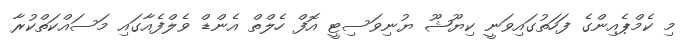
މި ކެމްޕެއިންގެ ފަހަތުގައިވަނީ ކިޔޫޝޫ ޔުނިވަސިޓީ އޮފް ހެލްތް އެންޑް ވެލްފެއާގައި މަސައްކަތްކުރާ